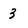
Character: 3